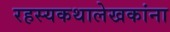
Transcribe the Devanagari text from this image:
रहस्यकथालेखकांना